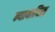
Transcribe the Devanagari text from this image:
न्यायाधिस